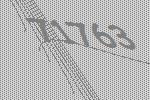
71763